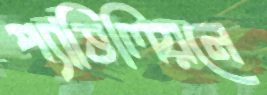
প্যাভিলিয়নে